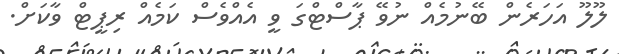
ލޫލޫ އަހަރެން ބޭނުމެއް ނުވޭ ޕާސްޓްގަ ވީ އެއްވެސް ކަމެއް ރިޕީޓް ވާކަށް.